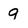
Character: 9